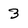
Character: 3